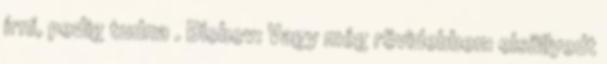
írni, pedig tudna . Blobov: Vagy még rövidebben: elsüllyedt